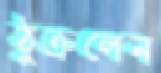
ঠুক্‌রলেন